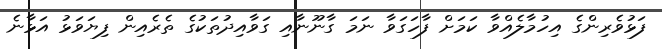
ފަޅުވެރިންގެ އިހުމާލެއްވާ ކަމަށް ފާހަގަވާ ނަމަ ގާނޫނާއި ގަވާއިދުތަކުގެ ތެރެއިން ފިޔަވަޅު އަޅާނެ